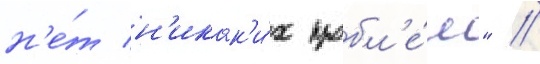
н'е́т н'икак'и́х пробл'е́м" //